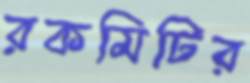
রকমিটির